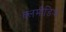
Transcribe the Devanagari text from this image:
क्लमीडिया